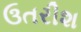
ઉતરીશ